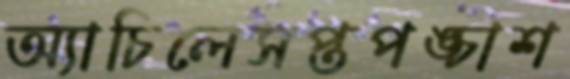
অ্যাচিলেসপ্তপঙ্চাশ